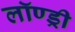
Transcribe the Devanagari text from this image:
लॉण्ड्री